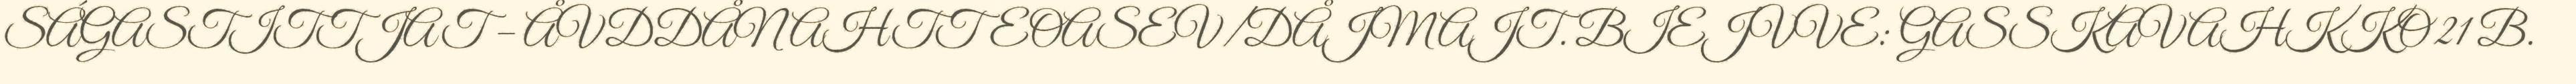
SÁGASTITTJAT – ÅVDDÅNAHTTEOASEV/DÅJMAJT. BIEJVVE: GASSKAVAHKKO 21 B.